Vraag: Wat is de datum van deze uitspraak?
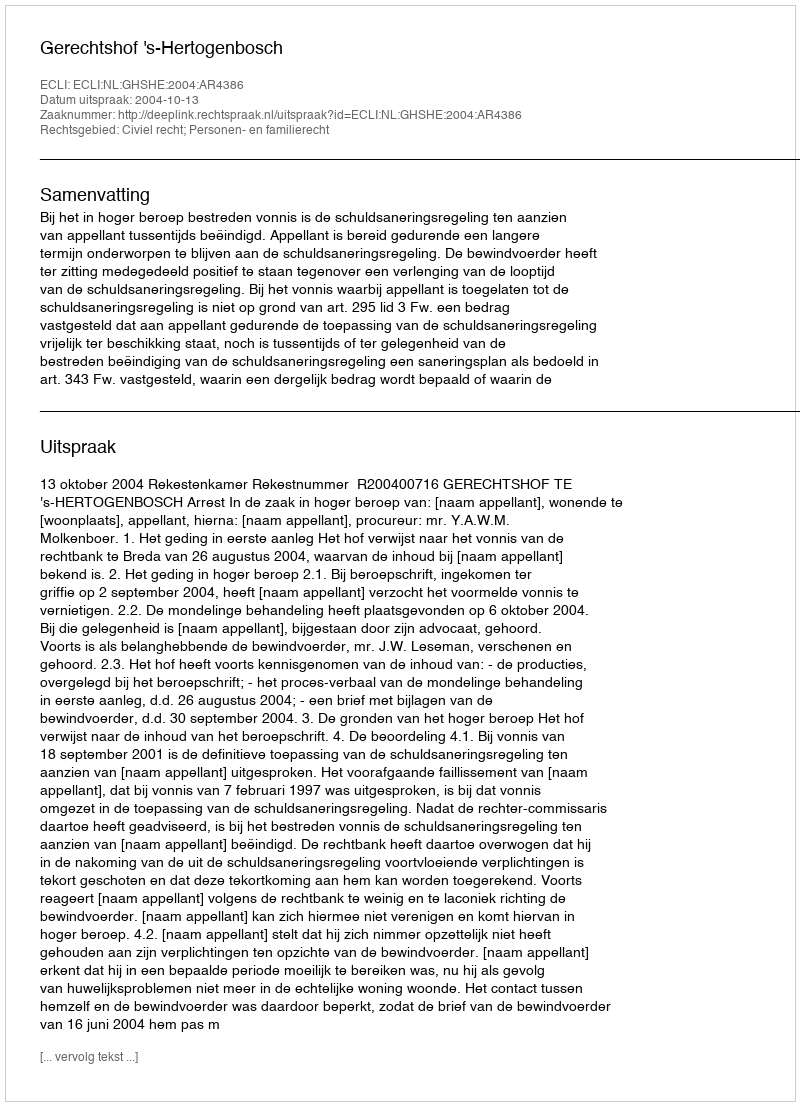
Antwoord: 2004-10-13